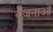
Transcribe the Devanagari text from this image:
येजनाओं